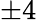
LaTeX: \pm 4